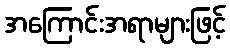
အကြောင်းအရာများဖြင့်